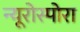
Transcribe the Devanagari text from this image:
न्यूरोस्पोरा